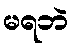
မရဘဲ